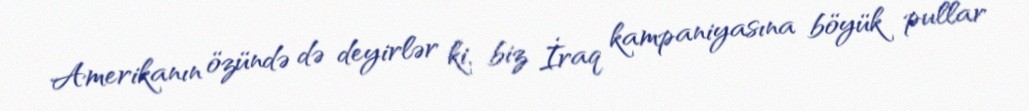
Amerikanın özündə də deyirlər ki, biz İraq kampaniyasına böyük pullar